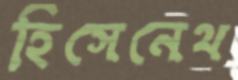
হিসেনেথ